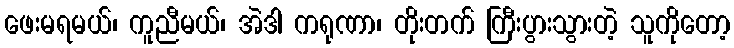
ဖေးမရမယ်၊ ကူညီမယ်၊ အဲဒါ ကရုဏာ၊ တိုးတက် ကြီးပွားသွားတဲ့ သူကိုတော့